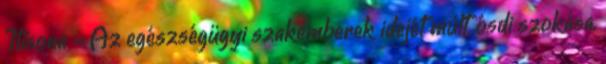
Itisona - Az egészségügyi szakemberek idejét múlt, ósdi szokása,